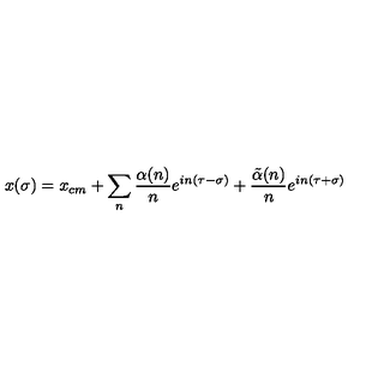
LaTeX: x ( \sigma ) = x _ { c m } + \sum _ { n } { \frac { \alpha ( n ) } { n } } e ^ { i n ( \tau - \sigma ) } + { \frac { \tilde { \alpha } ( n ) } { n } } e ^ { i n ( \tau + \sigma ) }